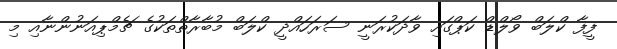
ފީފާ ކްލަބް ވޯލްޑް ކަޕްގައި ވާދަކުރަނީ ސަރަހައްދީ ކްލަބް މުބާރާތްތަކުގެ ޗެމްޕިއަނުންނާއި މި